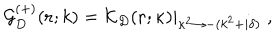
{ \mathcal G } _ { { D } } ^ { ( + ) } ( { \bf r } ; k ) = \left. { \mathcal K } _ { { D } } ( { \bf r } ; \kappa ) \right| _ { \kappa ^ { 2 } \rightarrow - ( k ^ { 2 } + i \delta ) } \; ,